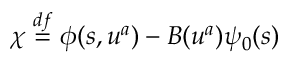
\chi \stackrel { d f } { = } \phi ( s , u ^ { a } ) - B ( u ^ { a } ) \psi _ { 0 } ( s )